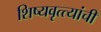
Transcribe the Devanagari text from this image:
शिष्यवृत्त्यांची